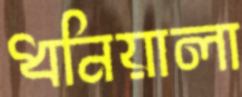
ধনিয়ালা